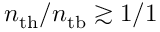
n _ { \mathrm { t h } } / n _ { \mathrm { t b } } \gtrsim 1 / 1